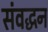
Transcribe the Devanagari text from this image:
संवद्धन